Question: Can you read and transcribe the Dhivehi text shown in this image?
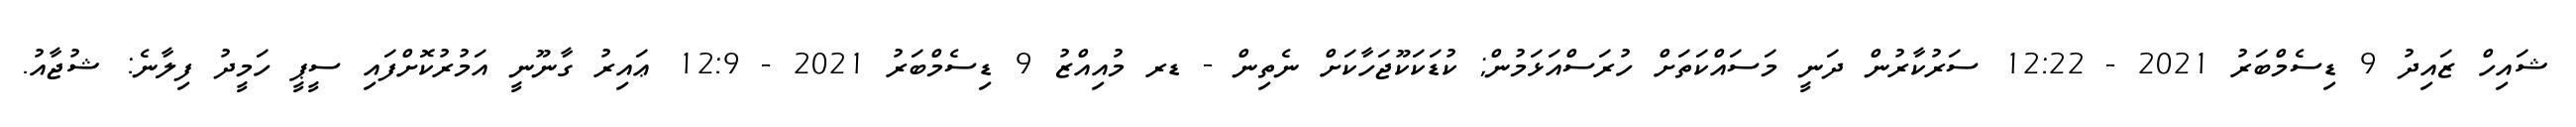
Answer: ޝައިހް ޒައިދު 9 ޑިސެމްބަރު 2021 - 12:22 ސަރުކާރުން ދަނީ މަސައްކަތަށް ހުރަސްއަޅަމުން; ކުޑަކަކޫޖަހާކަށް ނެތިން - ޑރ މުއިއްޒު 9 ޑިސެމްބަރު 2021 - 12:9 ޢައިރު ގާނޫނީ އަމުރުކޮށްފައި ސީޕީ ހަމީދު ފިލާނެ: ޝުޖާއު.